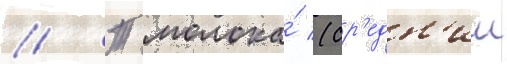
// Т молока́ (ср'едн'ии